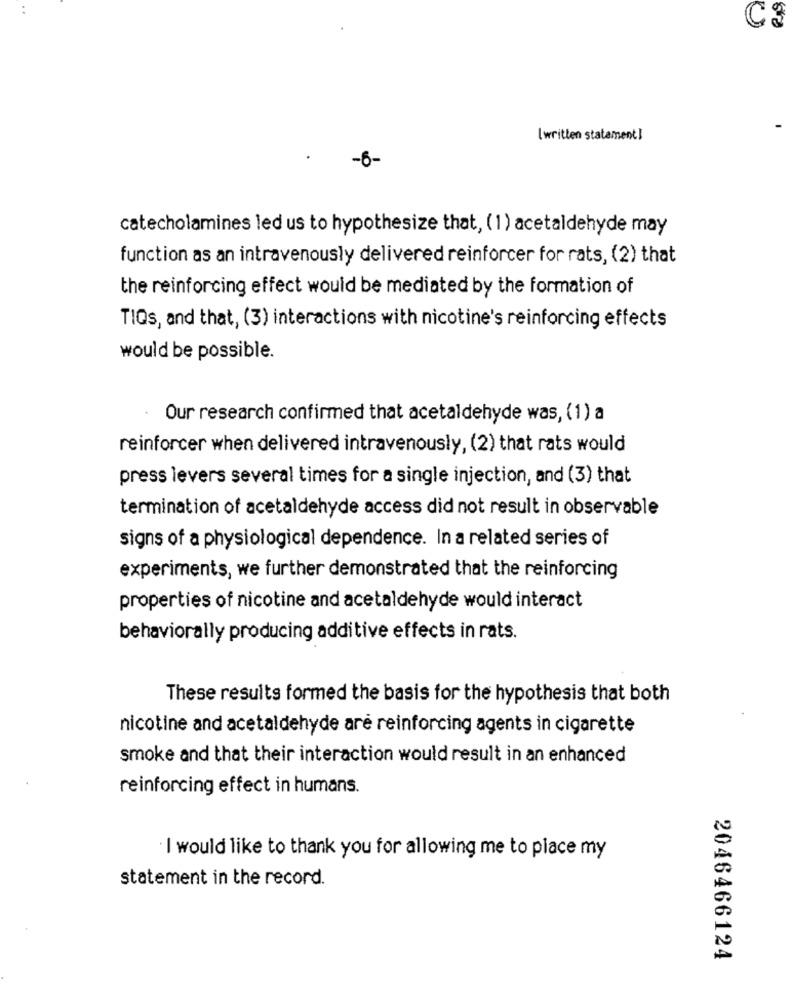
CS
[written statement]
-6-
catecholamines led us to hypothesize that, (1) acetaldehyde may
function as an intravenously delivered reinforcer for rats, (2) that
the reinforcing effect would be mediated by the formation of
TIQs, and that, (3) interactions with nicotine's reinforcing effects
would be possible.
· Our research confirmed that acetaldehyde was, (1) a
reinforcer when delivered intravenously, (2) that rats would
press levers several times for a single injection, and (3) that
termination of acetaldehyde access did not result in observable
signs of a physiological dependence. In a related series of
experiments, we further demonstrated that the reinforcing
properties of nicotine and acetaldehyde would interact
behaviorally producing additive effects in rats.
These results formed the basis for the hypothesis that both
nicotine and acetaldehyde aré reinforcing agents in cigarette
smoke and that their interaction would result in an enhanced
reinforcing effect in humans.
I would like to thank you for allowing me to place my
statement in the record.
2046466124